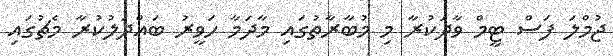
ޖުމްލަ ފަސް ޓީމް ވާދަކުރާ މި މުބާރާތުގައި މާދަމާ ހަވީރު ބައްދަލުކުރާ މެޗުގައި